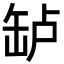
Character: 𬙎